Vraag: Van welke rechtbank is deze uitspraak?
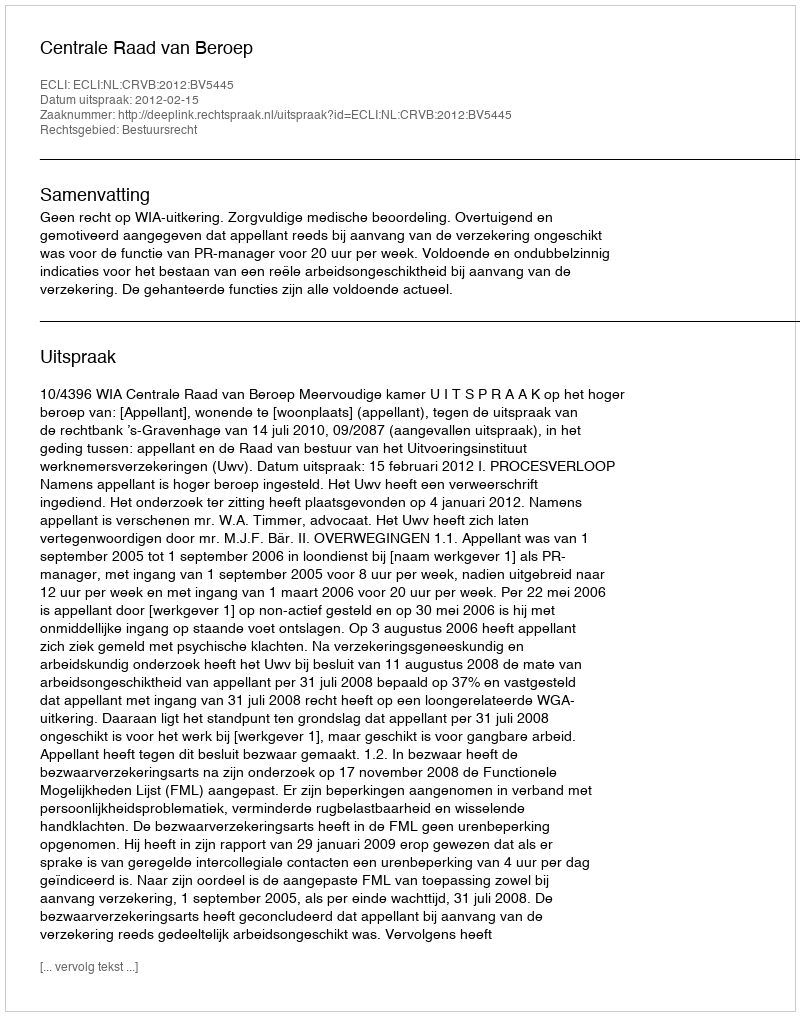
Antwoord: Centrale Raad van Beroep